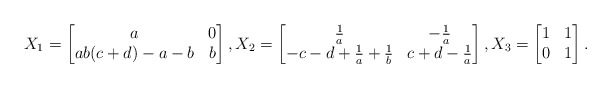
\begin{align*}X_1=\begin{bmatrix} a & 0 \\ ab(c+d)-a-b & b\end{bmatrix}, X_2 = \begin{bmatrix} \frac{1}{a} & -\frac{1}{a} \\ -c-d+\frac{1}{a}+\frac{1}{b} & c+d-\frac{1}{a}\end{bmatrix}, X_3=\begin{bmatrix}1&1\\0&1\end{bmatrix}.\end{align*}